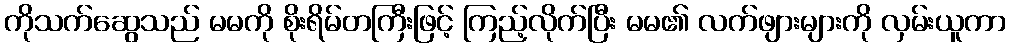
ကိုသက်ဆွေသည် မမကို စိုးရိမ်တကြီးဖြင့် ကြည့်လိုက်ပြီး မမ၏ လက်ဖျားများကို လှမ်းယူကာ